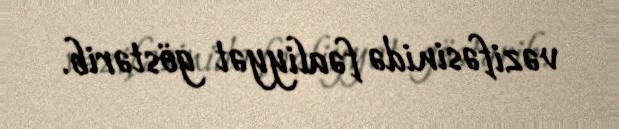
vəzifəsinidə fəaliyyət göstərib.